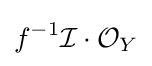
f^{-1}{\mathcal {I}}\cdot {\mathcal {O}}_{Y}